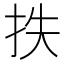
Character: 抶